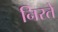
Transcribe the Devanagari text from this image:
निरते